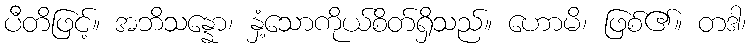
ပီတိဖြင့်။ အဘိသန္နော၊ နှံ့သောကိုယ်စိတ်ရှိသည်။ ဟောမိ၊ ဖြစ်၏။ တဒါ၊